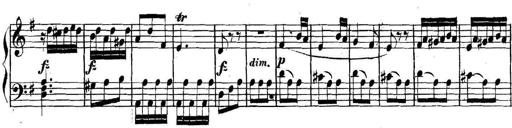
Title: Collected Piano Sonatas
Composer: Muzio Clementi